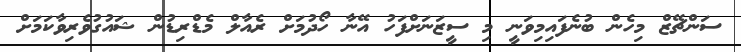
ސަންޗޭޒް މިހެން ބުނެފައިމިވަނީ މި ސީޒަނަށްފަހު އޭނާ ހޯދުމަށް ރެއާލް މެޑްރިޑުން ޝައުގުވެރިވާކަމަށް